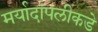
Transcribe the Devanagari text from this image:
मर्यादांपलीकडे